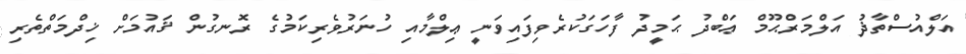
އަލްއުސްތާޛު އަލްމަރްޙޫމް ޢަބްދު ޙަމީދު ފާހަގަކުރެވިފައިވަނީ ޢިލްމާއި ހުނަރުވެރިކަމުގެ ރޮނގުން ޤައުމަށް ޚިދްމަތްތެރި